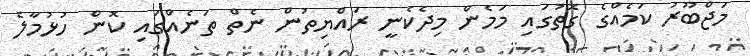
މަޖްބޫރު ކަމެއްގެ ގޮތުގައި މަމެން މިދެކެނީ ރައްޔިތުން ނެތް ތަނެއްގައި ކޮން ހުޅުމާލެ